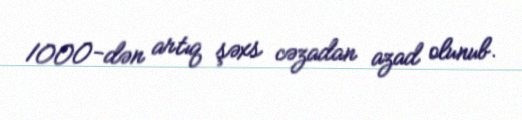
1000-dən artıq şəxs cəzadan azad olunub.